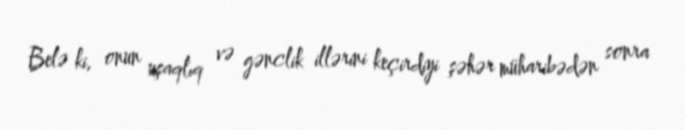
Belə ki, onun uşaqlıq və gənclik illərini keçirdiyi şəhər müharibədən sonra